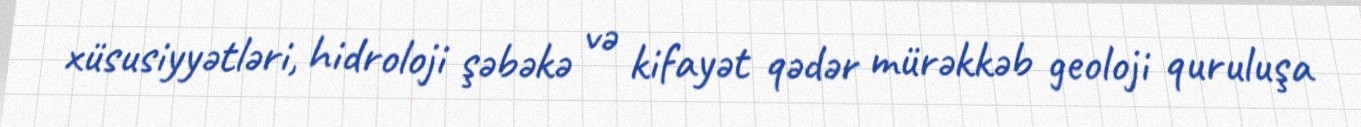
xüsusiyyətləri, hidroloji şəbəkə və kifayət qədər mürəkkəb geoloji quruluşa